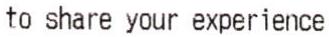
TO SHARE YOUR EXPERIENCE